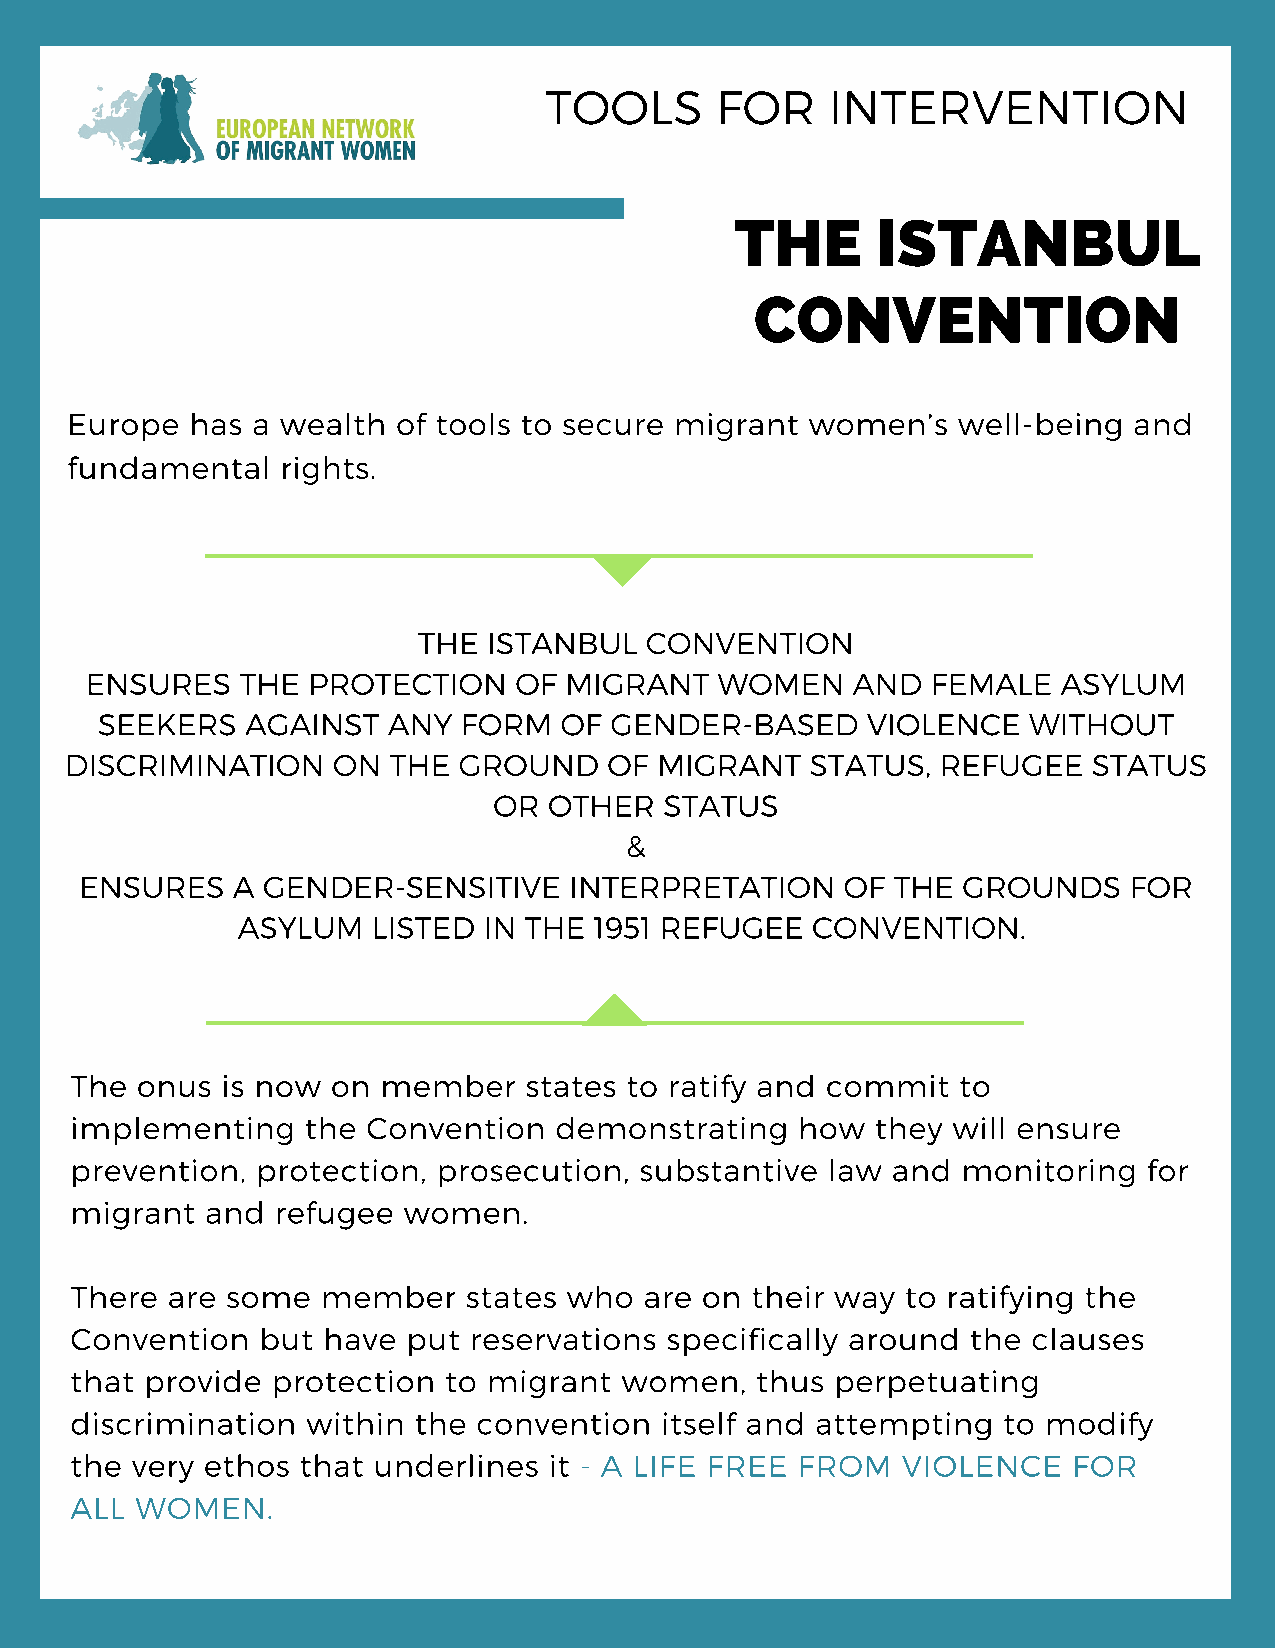
TOOLS      FOR     INTERVENTION
 THE      ISTANBUL
 CONVENTION
 Europe   has a wealth of tools to secure migrant  women’s  well-being  and
 fundamental    rights.
 THE ISTANBUL   CONVENTION
 ENSURES   THE PROTECTION    OF MIGRANT   WOMEN    AND   FEMALE  ASYLUM
 SEEKERS   AGAINST   ANY  FORM  OF GENDER-BASED     VIOLENCE   WITHOUT
 DISCRIMINATION    ON  THE GROUND    OF  MIGRANT   STATUS, REFUGEE   STATUS
 OR OTHER   STATUS
 Add  a little b&it of body text
 ENSURES   A GENDER-SENSITIVE     INTERPRETATION    OF THE  GROUNDS    FOR
 ASYLUM   LISTED IN THE 1951 REFUGEE   CONVENTION.
 The onus  is now on member    states to ratify and commit  to
 implementing   the Convention   demonstrating   how  they will ensure
 prevention, protection, prosecution, substantive  law and  monitoring  for
 migrant  and refugee  women.
 There are some  member    states who  are on their way to ratifying the
 Convention  but have  put reservations specifically around the clauses
 that provide protection to migrant  women,   thus perpetuating
 discrimination within the  convention  itself and attempting to modify
 the very ethos that underlines it - A LIFE FREE FROM   VIOLENCE   FOR
 ALL WOMEN.